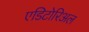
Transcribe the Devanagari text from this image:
एडिटोरिअल